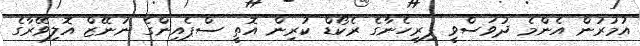
އުމުރުން އެންމެ ދުވަސްވީ ފިރިހެނާގެ ރެކޯޑް ކުރިން އޮތީ ސްޕެއިންގެ ނުނޭޒް އޮލިވޭރާގެ